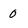
Character: 0